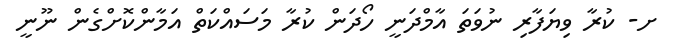
ށ- ކުރާ ވިޔަފާރި ނުވަތަ އާމްދަނީ ހޯދަން ކުރާ މަސައްކަތް އަމާންކޮށްގެން ނޫނީ